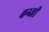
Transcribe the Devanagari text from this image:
बग्जी